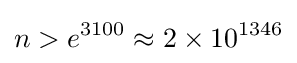
n>e^{3100}\approx 2\times 10^{1346}